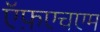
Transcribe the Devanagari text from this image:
ऍफ़एचएम